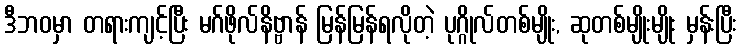
ဒီဘဝမှာ တရားကျင့်ပြီး မဂ်ဖိုလ်နိဗ္ဗာန် မြန်မြန်ရလိုတဲ့ ပုဂ္ဂိုလ်တစ်မျိုး, ဆုတစ်မျိုးမျိုး မှန်းပြီး